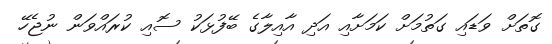
ގޮތަށް ވަޑައި ގަތުމަށް ކަމަށާއި އަދި އާއިލާގެ ބޭފުޅަކު ސޮއި ކުރައްވަން ނުޖެހޭ